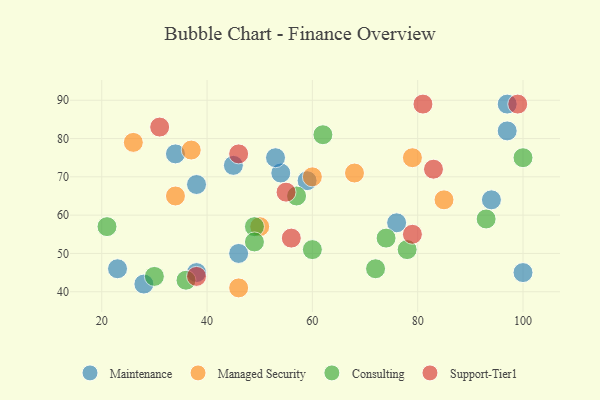
{"axis": {"x": "GDP", "y": "Life Expectancy"}, "legend": ["Consulting", "Maintenance", "Managed Security", "Support-Tier1"], "data": [{"x": "94", "y": 64, "type": "Maintenance"}, {"x": "59", "y": 69, "type": "Maintenance"}, {"x": "46", "y": 50, "type": "Maintenance"}, {"x": "45", "y": 73, "type": "Maintenance"}, {"x": "38", "y": 68, "type": "Maintenance"}, {"x": "23", "y": 46, "type": "Maintenance"}, {"x": "34", "y": 76, "type": "Maintenance"}, {"x": "54", "y": 71, "type": "Maintenance"}, {"x": "76", "y": 58, "type": "Maintenance"}, {"x": "38", "y": 45, "type": "Maintenance"}, {"x": "100", "y": 45, "type": "Maintenance"}, {"x": "53", "y": 75, "type": "Maintenance"}, {"x": "28", "y": 42, "type": "Maintenance"}, {"x": "97", "y": 89, "type": "Maintenance"}, {"x": "97", "y": 82, "type": "Maintenance"}, {"x": "50", "y": 57, "type": "Managed Security"}, {"x": "79", "y": 75, "type": "Managed Security"}, {"x": "68", "y": 71, "type": "Managed Security"}, {"x": "26", "y": 79, "type": "Managed Security"}, {"x": "60", "y": 70, "type": "Managed Security"}, {"x": "85", "y": 64, "type": "Managed Security"}, {"x": "46", "y": 41, "type": "Managed Security"}, {"x": "37", "y": 77, "type": "Managed Security"}, {"x": "34", "y": 65, "type": "Managed Security"}, {"x": "30", "y": 44, "type": "Consulting"}, {"x": "49", "y": 57, "type": "Consulting"}, {"x": "62", "y": 81, "type": "Consulting"}, {"x": "36", "y": 43, "type": "Consulting"}, {"x": "78", "y": 51, "type": "Consulting"}, {"x": "60", "y": 51, "type": "Consulting"}, {"x": "49", "y": 53, "type": "Consulting"}, {"x": "57", "y": 65, "type": "Consulting"}, {"x": "100", "y": 75, "type": "Consulting"}, {"x": "21", "y": 57, "type": "Consulting"}, {"x": "74", "y": 54, "type": "Consulting"}, {"x": "72", "y": 46, "type": "Consulting"}, {"x": "93", "y": 59, "type": "Consulting"}, {"x": "38", "y": 44, "type": "Support-Tier1"}, {"x": "56", "y": 54, "type": "Support-Tier1"}, {"x": "79", "y": 55, "type": "Support-Tier1"}, {"x": "99", "y": 89, "type": "Support-Tier1"}, {"x": "31", "y": 83, "type": "Support-Tier1"}, {"x": "83", "y": 72, "type": "Support-Tier1"}, {"x": "46", "y": 76, "type": "Support-Tier1"}, {"x": "81", "y": 89, "type": "Support-Tier1"}, {"x": "55", "y": 66, "type": "Support-Tier1"}]}